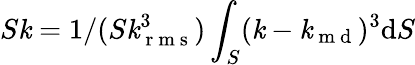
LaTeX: S\mathit{k}=1/(S\mathit{k}_{\mathrm{{~r~m~s~}}}^{3})\int_{S}(\mathit{k}-\mathit{k}_{\mathrm{{~m~d~}}})^{3}\mathrm{{d}}S